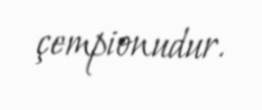
çempionudur.